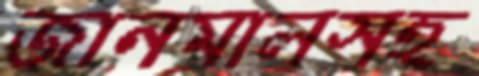
জানমালসহ